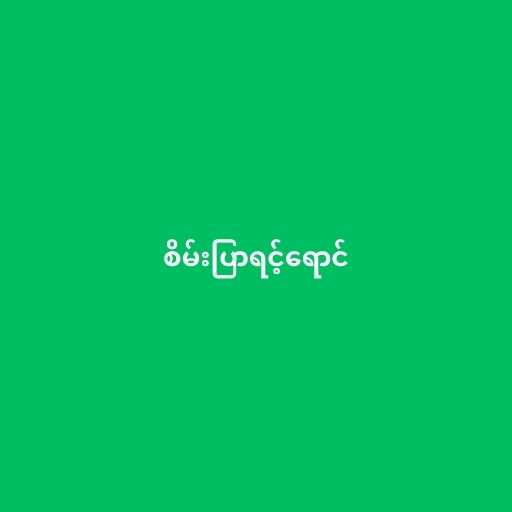
စိမ်းပြာရင့်ရောင်